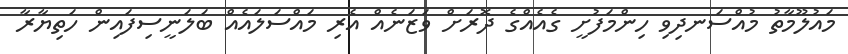
މައުލޫމާތު މުއްސަނދިވި ހިންމަފުށީ ގެއެއްގެ ދޮރަށް ވަޒަނެއް އެރި މައްސަލައެއް ބަލަނީސިފައިން ހަތިޔާރާ